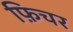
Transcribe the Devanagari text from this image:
फ़िचर